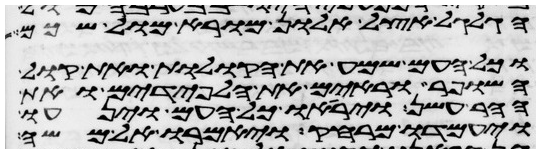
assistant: הגלגל אצל אלון מורא מול שכם
וכל העם שמע את הקולות ואת קול
השופר וראים את הלפידים ואת
ההר עשן ויראו כל העם וינעו
ויעמדו מרחק ויאמרו אל משה